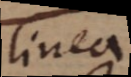
linea